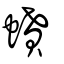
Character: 蟦